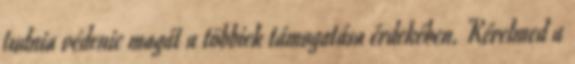
tudnia védenie magát a többiek támogatása érdekében. Kérelmed a